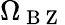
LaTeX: \Omega_{\mathrm{~B~Z~}}